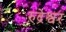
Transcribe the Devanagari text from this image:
रुद्रेश्वर